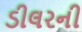
ડીલરની